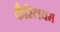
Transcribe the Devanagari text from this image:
कैस्लियम